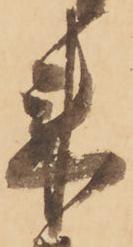
来